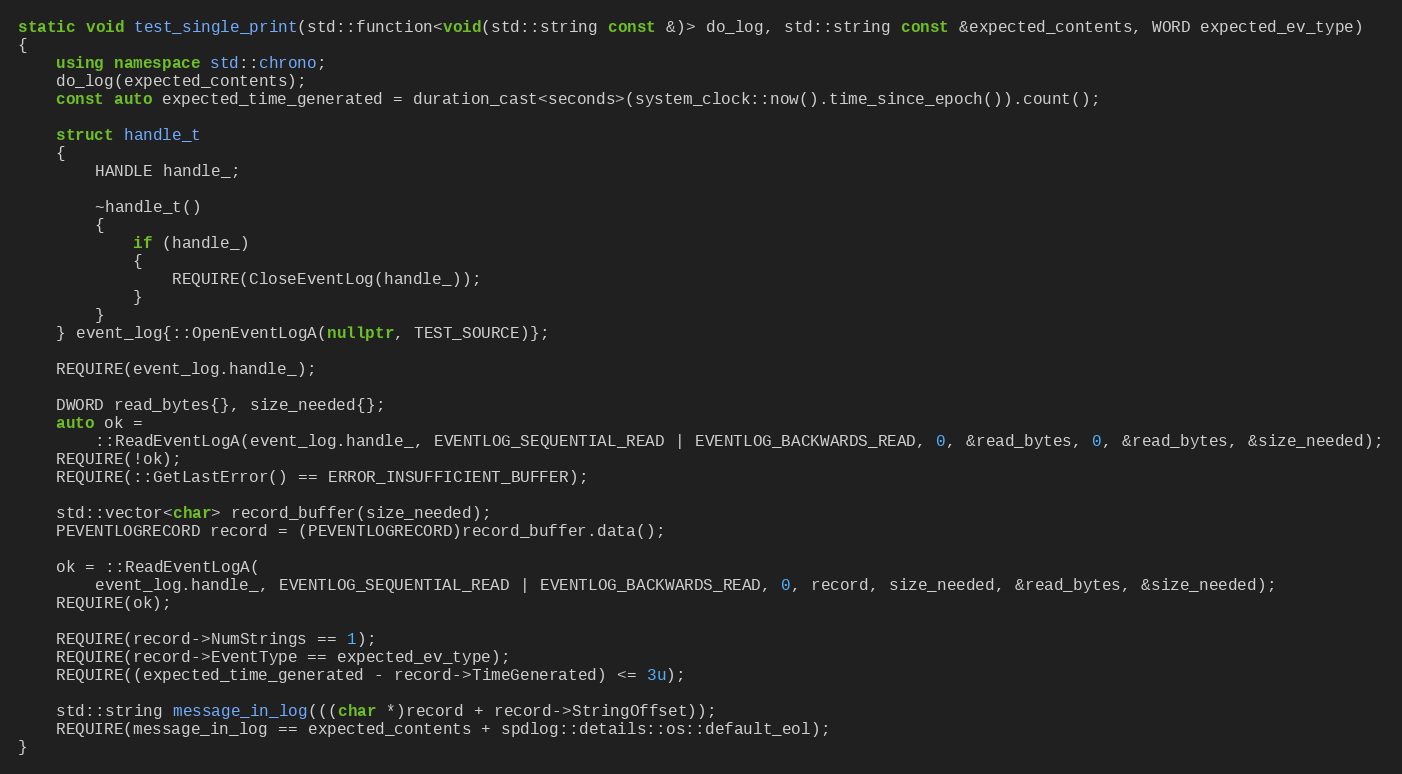
Language: C++
static void test_single_print(std::function<void(std::string const &)> do_log, std::string const &expected_contents, WORD expected_ev_type)
{
    using namespace std::chrono;
    do_log(expected_contents);
    const auto expected_time_generated = duration_cast<seconds>(system_clock::now().time_since_epoch()).count();

    struct handle_t
    {
        HANDLE handle_;

        ~handle_t()
        {
            if (handle_)
            {
                REQUIRE(CloseEventLog(handle_));
            }
        }
    } event_log{::OpenEventLogA(nullptr, TEST_SOURCE)};

    REQUIRE(event_log.handle_);

    DWORD read_bytes{}, size_needed{};
    auto ok =
        ::ReadEventLogA(event_log.handle_, EVENTLOG_SEQUENTIAL_READ | EVENTLOG_BACKWARDS_READ, 0, &read_bytes, 0, &read_bytes, &size_needed);
    REQUIRE(!ok);
    REQUIRE(::GetLastError() == ERROR_INSUFFICIENT_BUFFER);

    std::vector<char> record_buffer(size_needed);
    PEVENTLOGRECORD record = (PEVENTLOGRECORD)record_buffer.data();

    ok = ::ReadEventLogA(
        event_log.handle_, EVENTLOG_SEQUENTIAL_READ | EVENTLOG_BACKWARDS_READ, 0, record, size_needed, &read_bytes, &size_needed);
    REQUIRE(ok);

    REQUIRE(record->NumStrings == 1);
    REQUIRE(record->EventType == expected_ev_type);
    REQUIRE((expected_time_generated - record->TimeGenerated) <= 3u);

    std::string message_in_log(((char *)record + record->StringOffset));
    REQUIRE(message_in_log == expected_contents + spdlog::details::os::default_eol);
}